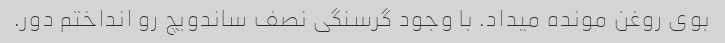
بوی روغن مونده میداد. با وجود گرسنگی نصف ساندویچ رو انداختم دور.